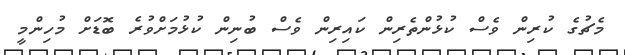
މެޗުގެ ކުރިން ވެސް ކުޅުންތެރިން ކައިރިން ވެސް ބުނިން ކުޅުމަށްވުރެ ބޮޑަށް މުހިންމީ